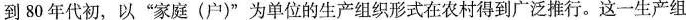
到80年代初，以”家庭(户)”为单位的生产组织形式在农村得到广泛推行。这一生产组